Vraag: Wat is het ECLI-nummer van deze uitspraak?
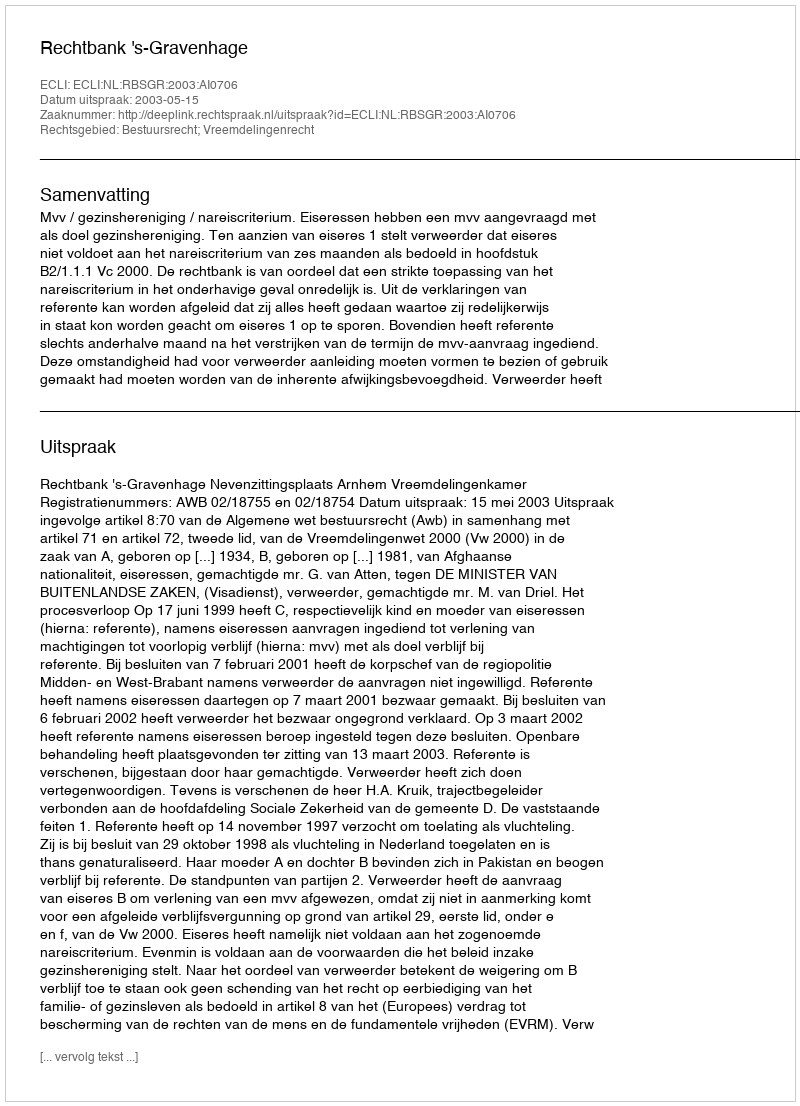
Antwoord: ECLI:NL:RBSGR:2003:AI0706